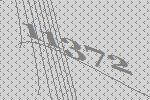
11372